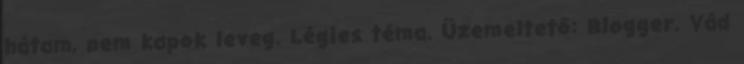
hátam, nem kapok leveg. Légies téma. Üzemeltető: Blogger. Vád